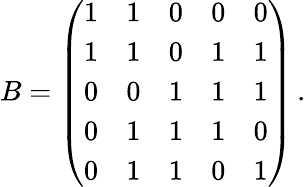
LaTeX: B=\left(\begin{array}{lllll}{1}&{1}&{0}&{0}&{0}\\ {1}&{1}&{0}&{1}&{1}\\ {0}&{0}&{1}&{1}&{1}\\ {0}&{1}&{1}&{1}&{0}\\ {0}&{1}&{1}&{0}&{1}\end{array}\right)\, .